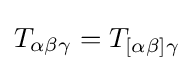
T_{\alpha \beta \gamma }=T_{[\alpha \beta ]\gamma }